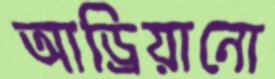
আড্রিয়ানো